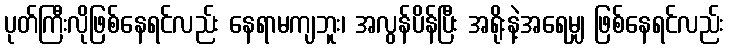
ပုတ်ကြီးလိုဖြစ်နေရင်လည်း နေရာမကျဘူး၊ အလွန်ပိန်ပြီး အရိုးနဲ့အရေမျှ ဖြစ်နေရင်လည်း